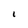
Character: I